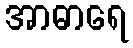
အာဓာရေ